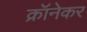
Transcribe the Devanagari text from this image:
क्रॉनेकर